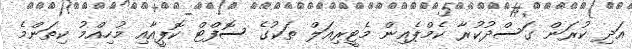
އަދި ކުރަން ގަސްދުކުރާ ކެމްޕެއިން މެޓީރިއަލް ތަކުގެ ސޮފްޓް ކޮޕީއާއި މުހިއްމު ކިތަންމެ